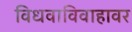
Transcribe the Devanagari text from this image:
विधवाविवाहावर